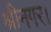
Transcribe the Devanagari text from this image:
श्रीनगर।